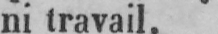
ni travail.